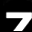
Digit: 7